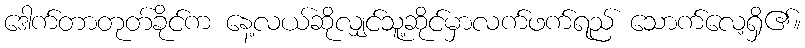
ဒေါက်တာတုတ်ခိုင်က နေ့လယ်ဆိုလျှင်သူ့ဆိုင်မှာလက်ဖက်ရည် သောက်လေ့ရှိ၏။